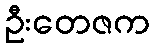
ဦးတေဇက